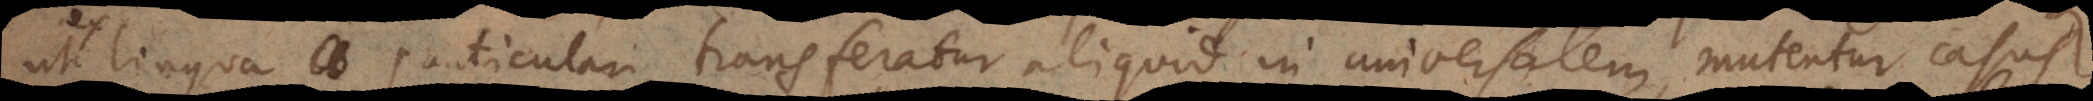
ex lingua particulari transferatur aliquid in universalem, mutentur casus